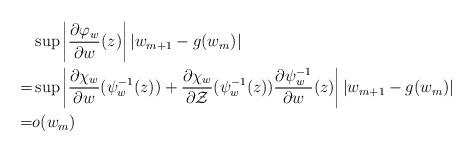
LaTeX: \begin{align*}&\sup \left|\frac{\partial\varphi_w}{\partial w}(z)\right| |w_{m+1} - g(w_m)| \\=& \sup \left|\frac{\partial\chi_w}{\partial w}(\psi_w^{-1}(z)) + \frac{\partial\chi_w}{\partial \mathcal{Z}}(\psi_w^{-1}(z)) \frac{\partial\psi_w^{-1}}{\partial w}(z)\right| |w_{m+1} - g(w_m)| \\=& o(w_m)\end{align*}